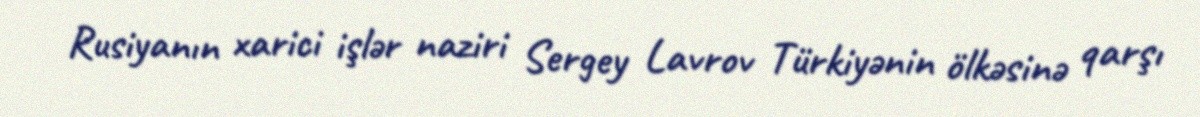
Rusiyanın xarici işlər naziri Sergey Lavrov Türkiyənin ölkəsinə qarşı